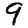
Digit: 9